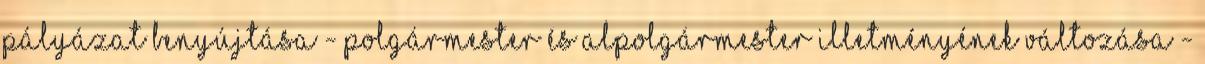
pályázat benyújtása - Polgármester és alpolgármester illetményének változása -